Civil Veterinary Department Bihar & Orissa reports 1929-36 - 1929-1936
Year: 1929
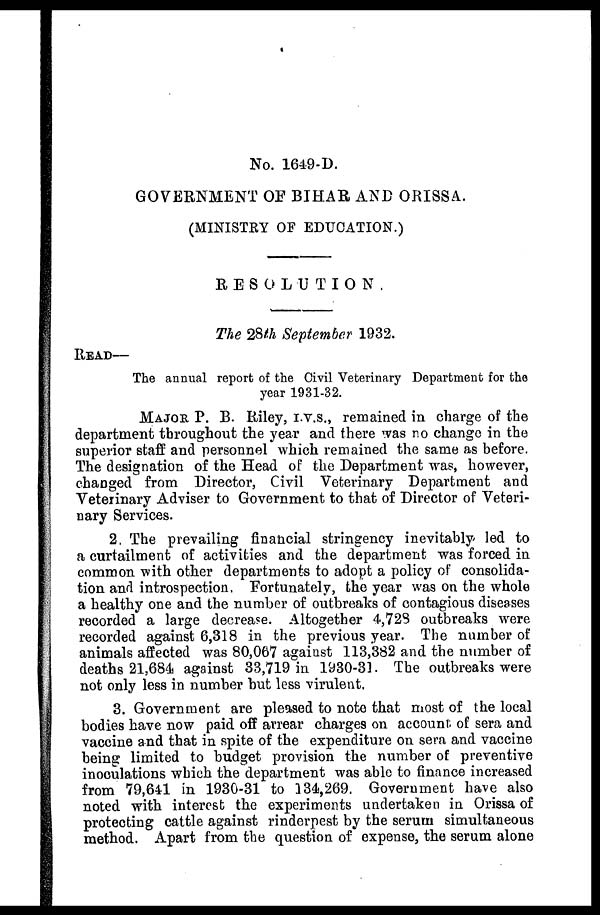
No. 1649-D
GOVERNMENT OF BIHAR AND ORISSA.
(MINISTEY OF EDUCATION.)
RESOLUTION
The 28th September 1932.
READ—
The annual report of the Civil Veterinary Department for the
year 1931-32.
MAJOR P. B. Riley, I.V.S., remained in charge of the
department throughout the year and there was no change in the
superior staff and personnel which remained the same as before.
The designation of the Head of the Department was, however,
changed from Director, Civil Veterinary Department and
Veterinary Adviser to Government to that of Director of Veteri-
nary Services.
2, The prevailing financial stringency inevitably led to
a curtailment of activities and the department was forced in
common with other departments to adopt a policy of consolida-
tion and introspection Fortunately, the year was on the whole
a healthy one and the number of outbreaks of contagious diseases
recorded a large decrease. Altogether 4,723 outbreaks were
recorded against 6,318 in the previous year. The number of
animals affected was 80,067 against 113,382 and the number of
deaths 21,684 against 33,719 in 1930-31. The outbreaks were
not only less in number but less virulent.
3. Government are pleased to note that most of the local
bodies have now paid off arrear charges on account of sera and
vaccine and that in spite of the expenditure on sera and vaccine
being limited to budget provision the number of preventive
inoculations which the department was able to finance increased
from 79,641 in 1930-31 to 134,269. Government have also
noted with interest the experiments undertaken in Orissa of
protecting cattle against rinderpest by the serum simultaneous
method. Apart from the question of expense, the serum alone